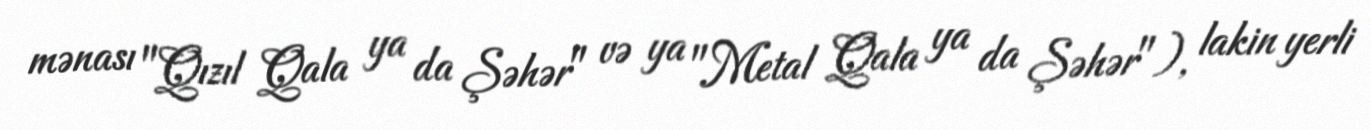
mənası "Qızıl Qala ya da Şəhər" və ya "Metal Qala ya da Şəhər"), lakin yerli